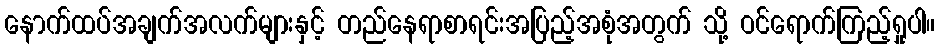
နောက်ထပ်အချက်အလက်များနှင့် တည်နေရာစာရင်းအပြည့်အစုံအတွက် သို့ ဝင်ရောက်ကြည့်ရှုပါ။